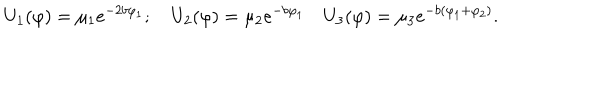
LaTeX: U _ { 1 } ( \varphi ) = \mu _ { 1 } e ^ { - 2 b \varphi _ { 1 } } ; \quad U _ { 2 } ( \varphi ) = \mu _ { 2 } e ^ { - b \varphi _ { 1 } } \quad U _ { 3 } ( \varphi ) = \mu _ { 3 } e ^ { - b ( \varphi _ { 1 } + \varphi _ { 2 } ) } .